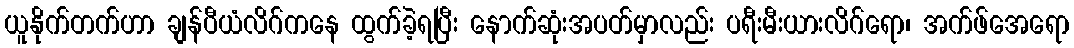
ယူနိုက်တက်ဟာ ချန်ပီယံလိဂ်ကနေ ထွက်ခဲ့ရပြီး နောက်ဆုံးအပတ်မှာလည်း ပရီးမီးယားလိဂ်ရော၊ အက်ဖ်အေရော